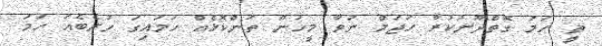
ތީ ހަމަ ގޮތްދޫނުކުރާ ހަޖަމް ނުވާ މީހުން ތަންކޮޅެއް ހަމައިގަ ހުރެބެއަ ހަމަ